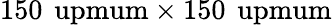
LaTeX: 150\, \mathrm{\ upmum}\times 150\, \mathrm{\ upmum}